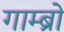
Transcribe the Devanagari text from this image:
गाम्ब्रो